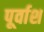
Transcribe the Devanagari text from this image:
पूर्वाश